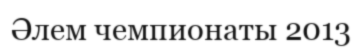
Әлем чемпионаты 2013